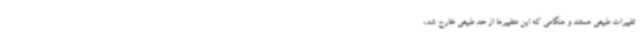
تغییرات طبیعی هستند و هنگامی که این متغییرها از حد طبیعی خارج شد،